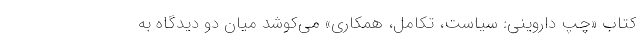
كتاب «چپ داروينی: سياست، تكامل، همكاری» مي‌كوشد ميان دو ديدگاه به